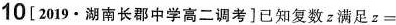
10[2019·湖南长郡中学高二调考]已知复数z满足$$z =